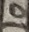
Text: 10